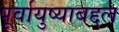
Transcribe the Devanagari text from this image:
पूर्वायुष्याबद्दल